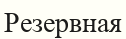
Резервная